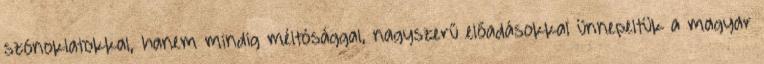
szónoklatokkal, hanem mindig méltósággal, nagyszerű előadásokkal ünnepeltük a magyar